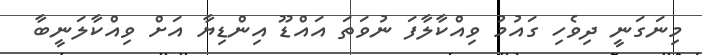
މިނަގަނީ ދިވެހި ގައުމު ވިއްކާލާފަ ނުވަތަ އައްޑޫ އިންޑިޔާ އަށް ވިއްކާލަނީބާ